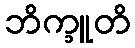
ဘိက္ခူတိ